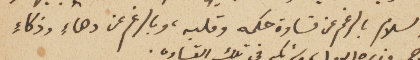
والسلام بالرغم من قساوة حكمه وقلبه، وبالرغم عن دهاء وذكاء